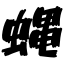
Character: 蝿